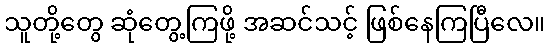
သူတို့တွေ ဆုံတွေ့ကြဖို့ အဆင်သင့် ဖြစ်နေကြပြီလေ။